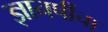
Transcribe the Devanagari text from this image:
ज्ञानर्षीचा